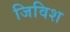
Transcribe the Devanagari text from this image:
जिविश